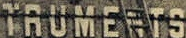
TRUMENTS